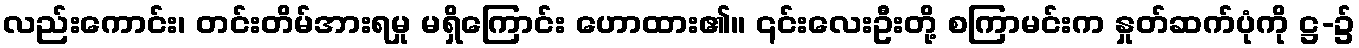
လည်းကောင်း၊ တင်းတိမ်အားရမှု မရှိကြောင်း ဟောထား၏။ ၎င်းလေးဦးတို့ စကြာမင်းက နှုတ်ဆက်ပုံကို ဋ္ဌ-၌